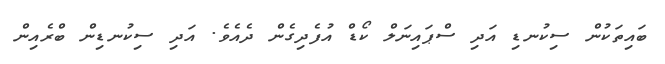
ބައިތަކުން ސިކުނޑި އަދި ސްޕައިނަލް ކޯޑް އުފެދިގެން ދެއެވެ. އަދި ސިކުނޑިން ބްރެއިން